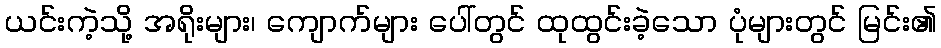
ယင်းကဲ့သို့ အရိုးများ၊ ကျောက်များ ပေါ်တွင် ထုထွင်းခဲ့သော ပုံများတွင် မြင်း၏